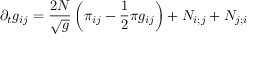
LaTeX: \partial _ { t } g _ { i j } = { \frac { 2 N } { \sqrt { g } } } \left( \pi _ { i j } - { \frac { 1 } { 2 } } \pi g _ { i j } \right) + N _ { i ; j } + N _ { j ; i }